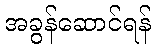
အခွန်ဆောင်ရန်